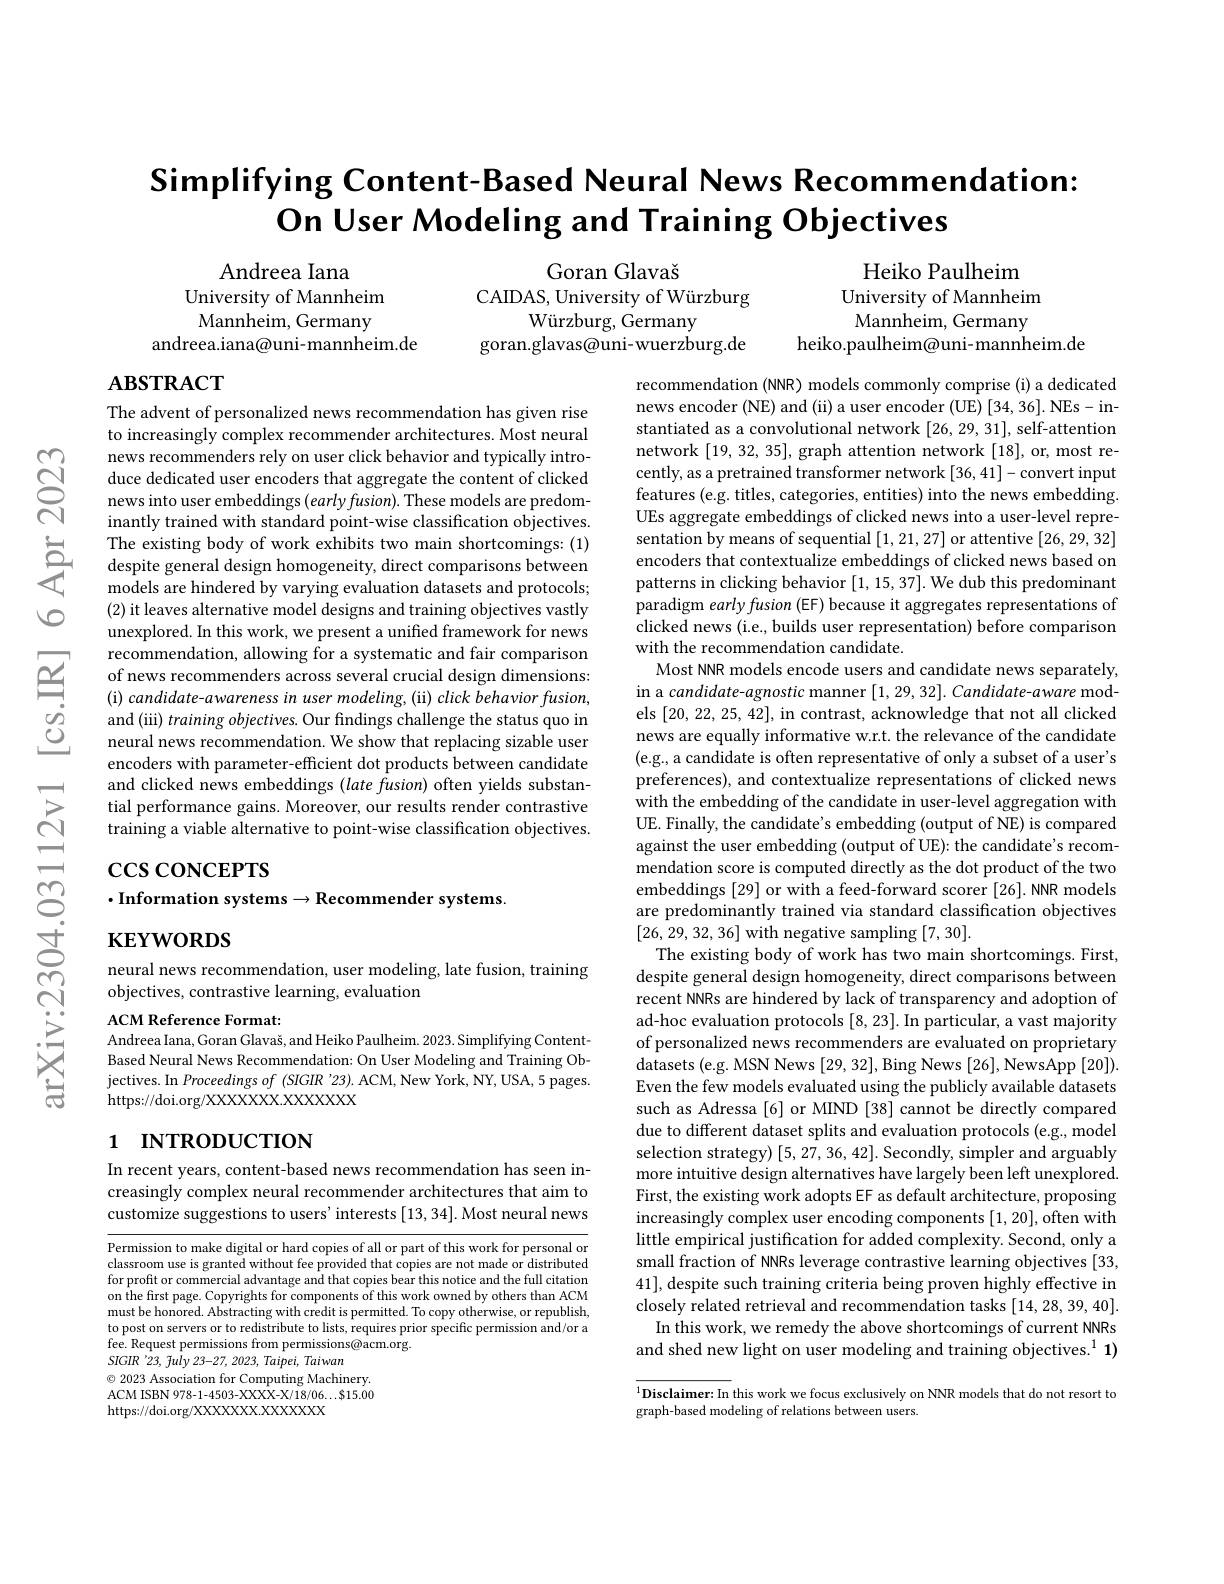
$ଟ୍ରି$

# Simplifying Content-Based Neural News Recommendation: On User Modeling and Training Objectives

Goran Glavaš
CAIDAS, University of Würzburg
Würzburg, Germany
goran.glavas@uni-wuerzburg.de

Andreea Iana
University of Mannheim Mannheim, Germany
andreea.iana@uni-mannheim.de

Heiko Paulheim
University of Mannheim Mannheim, Germany
heiko.paulheim@uni-mannheim.de

# $\mathbf{ABSTRACT}$

The advent of personalized news recommendation has given rise to increasingly complex recommender architectures. Most neural news recommenders rely on user click behavior and typically introduce dedicated user encoders that aggregate the content of clicked news into user embeddings $(earlyfusion).$ These models are predominantly trained with standard point-wise classification objectives.
The existing body of work exhibits two main shortcomings: ( 1) despite general design homogeneity, direct comparisons between models are hindered bv varving evaluation datasets and protocols:
models are hindered by varying evaluation datasets and protocols; (2) it leaves alternative model designs and training objectives vastly unexplored. In this work, we present a unified framework for news recommendation, allowing for a systematic and fair comparison of news recommenders across several crucial design dimensions: (i) candidate-awareness in user modeling, (ii) click behavior fusion, and (iii) training objectives. Our findings challenge the status quo in neural news recommendation. We show that replacing sizable user encoders with parameter-efficient dot products between candidate and clicked news embeddings (late fusion) often yields substantial performance gains. Moreover, our results render contrastive training a viable alternative to point-wise classification objectives.

recommendation (NNR) models commonly comprise (i) a dedicated news encoder (NE) and (ii) a user encoder (UE) [34, 36]. NEs- instantiated as a convolutional network [26,29,31], self-attention network [19,32,35], graph attention network [18], or, most recently, as a pretrained transformer network [36,41]-convert input features (e.g. titles, categories, entities) into the news embedding. UEs aggregate embeddings of clicked news into a user-level representation by means of sequential [1,21,27] or attentive [26,29,32] encoders that contextualize embeddings of clicked news based on patterns in clicking behavior [1,15,37]. We dub this predominant paradigm early fusion (EF) because it aggregates representations of clicked news (i.e., builds user representation) before comparison with the recommendation candidate.
Most NNR models encode users and candidate news separately, in a candidate-agnostic manner $[ 1, 29, 32] . \textit{Candidate- aware mod- }$ els [20,22,25,42], in contrast, acknowledge that not all clicked news are equally informative w.r.t. the relevance of the candidate (e.g., a candidate is often representative of only a subset of a user's preferences), and contextualize representations of clicked news with the embedding of the candidate in user-level aggregation with UE. Finally, the candidate's embedding (output of NE) is compared against the user embedding (output of UE): the candidate's recommendation score is computed directly as the dot product of the two embeddings [29] or with a feed-forward scorer [26]. NNR models are predominantly trained via standard classification objectives [26,29,32,36] with negative sampling [7,30].
The existing body of work has two main shortcomings. First, despite general design homogeneity, direct comparisons between recent NNRs are hindered by lack of transparency and adoption of ad-hoc evaluation protocols [8,23]. In particular, a vast majority of personalized news recommenders are evaluated on proprietary datasets (e.g. MSN News [29, 32], Bing News [26], NewsApp [20]). Even the few models evaluated using the publicly available datasets such as Adressa [6] or MIND [38] cannot be directly compared due to different dataset splits and evaluation protocols (e.g., model selection strategy) [5,27,36,42]. Secondly, simpler and arguably more intuitive design alternatives have largely been left unexplored. First, the existing work adopts EF as default architecture, proposing increasingly complex user encoding components [1,20], often with little empirical justification for added complexity. Second, only a small fraction of NNRs leverage contrastive learning objectives [33, 41], despite such training criteria being proven highly effective in closely related retrieval and recommendation tasks [14,28,39,40].
In this work, we remedy the above shortcomings of current NNRs and shed new light on user modeling and training objectives.$^1\mathbf{1})$

## $\csc\csc$coNCEPTS $\cdot$Information systems$\to$Recommender systems.

$\mathbf{KEYWORDS}$

neural news recommendation, user modeling, late fusion, training
objectives, contrastive learning, evaluation

ACM Reference Format:
Andreea Iana, Goran Glavaš, and Heiko Paulheim. 2023. Simplifying ContentBased Neural News Recommendation: On User Modeling and Training Objectives. In Proceedings of ( SIGIR$ ^{\prime }$23) . ACM, New York, NY, USA, 5 pages. https://doi.org/XXXXXX.XXXXXX

# 1 INTRODUCTION

In recent years, content-based news recommendation has seen increasingly complex neural recommender architectures that aim to customize suggestions to users' interests [13, 34]. Most neural news

Permission to make digital or hard copies of all or part of this work for personal or classroom use is granted without fee provided that copies are not made or distributed for profit or commercial advantage and that copies bear this notice and the full citation on the first page. Copyrights for components of this work owned by others than ACM must be honored. Abstracting with credit is permitted. To copy otherwise, or republish, to post on servers or to redistribute to lists, requires prior specific permission and/or a fee. Request permissions from permissions@acm.org.
SIGIR '23, fuly 23-27, 2023, Taipei, Taiwan
$\textcircled{\circ}$ 2023 Association for Computing Machinery. ACM ISBN 978-1-4503-XXXX-X/18/06...$15.00

https://doi.org/XXXXXXX.XXXXXXX

$^{1}\textbf{Disclaimer:  In this work we focus exclusively on NNR models that do not resort to}$
graph-based modeling of relations between users.